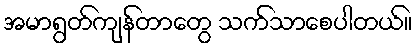
အမာရွတ်ကျန်တာတွေ သက်သာစေပါတယ်။